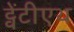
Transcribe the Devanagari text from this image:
ट्वेंटीएथ